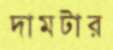
দামটার